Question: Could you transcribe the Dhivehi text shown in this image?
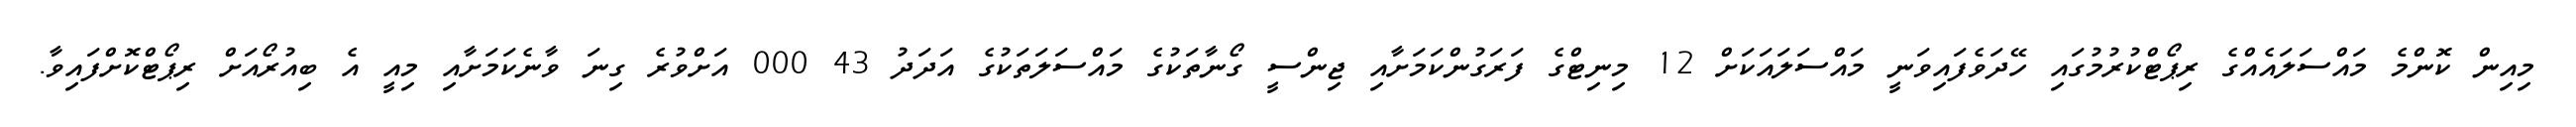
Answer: މިއިން ކޮންމެ މައްސަލައެއްގެ ރިޕޯޓްކުރުމުގައި ހޭދަވެފައިވަނީ މައްސަލައަކަށް 12 މިނިޓްގެ ފަރަގުންކަމަށާއި ޖިންސީ ގޯނާތަކުގެ މައްސަލަތަކުގެ އަދަދު 43 000 އަށްވުރެ ގިނަ ވާނެކަމަށާއި މިއީ އެ ބިއުރޯއަށް ރިޕޯޓްކޮށްފައިވާ.